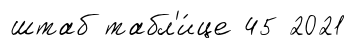
штаб табл'и́це 45 2021